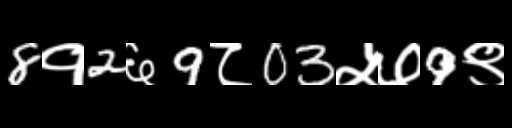
Text: 8१2६9८03५७9९